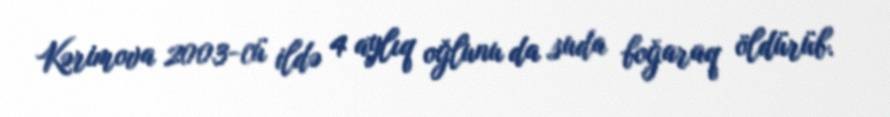
Kərimova 2003-cü ildə 4 aylıq oğlunu da suda boğaraq öldürüb.